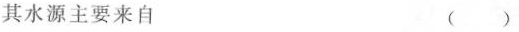
其水源主要来自 ()